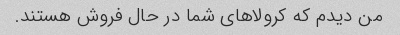
من دیدم که کرولاهای شما در حال فروش هستند.